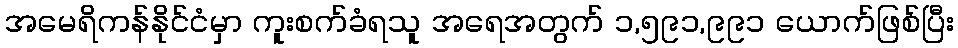
အမေရိကန်နိုင်ငံမှာ ကူးစက်ခံရသူ အရေအတွက် ၁,၅၉၁,၉၉၁ ယောက်ဖြစ်ပြီး